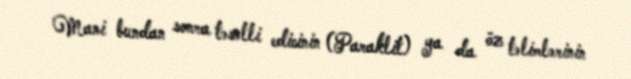
Mani bundan sonra təsəlli edicinin (Paraklit) ya da öz təlimlərinin